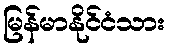
မြန်မာနိုင်ငံသား